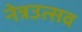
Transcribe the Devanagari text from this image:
नेत्रउत्सव